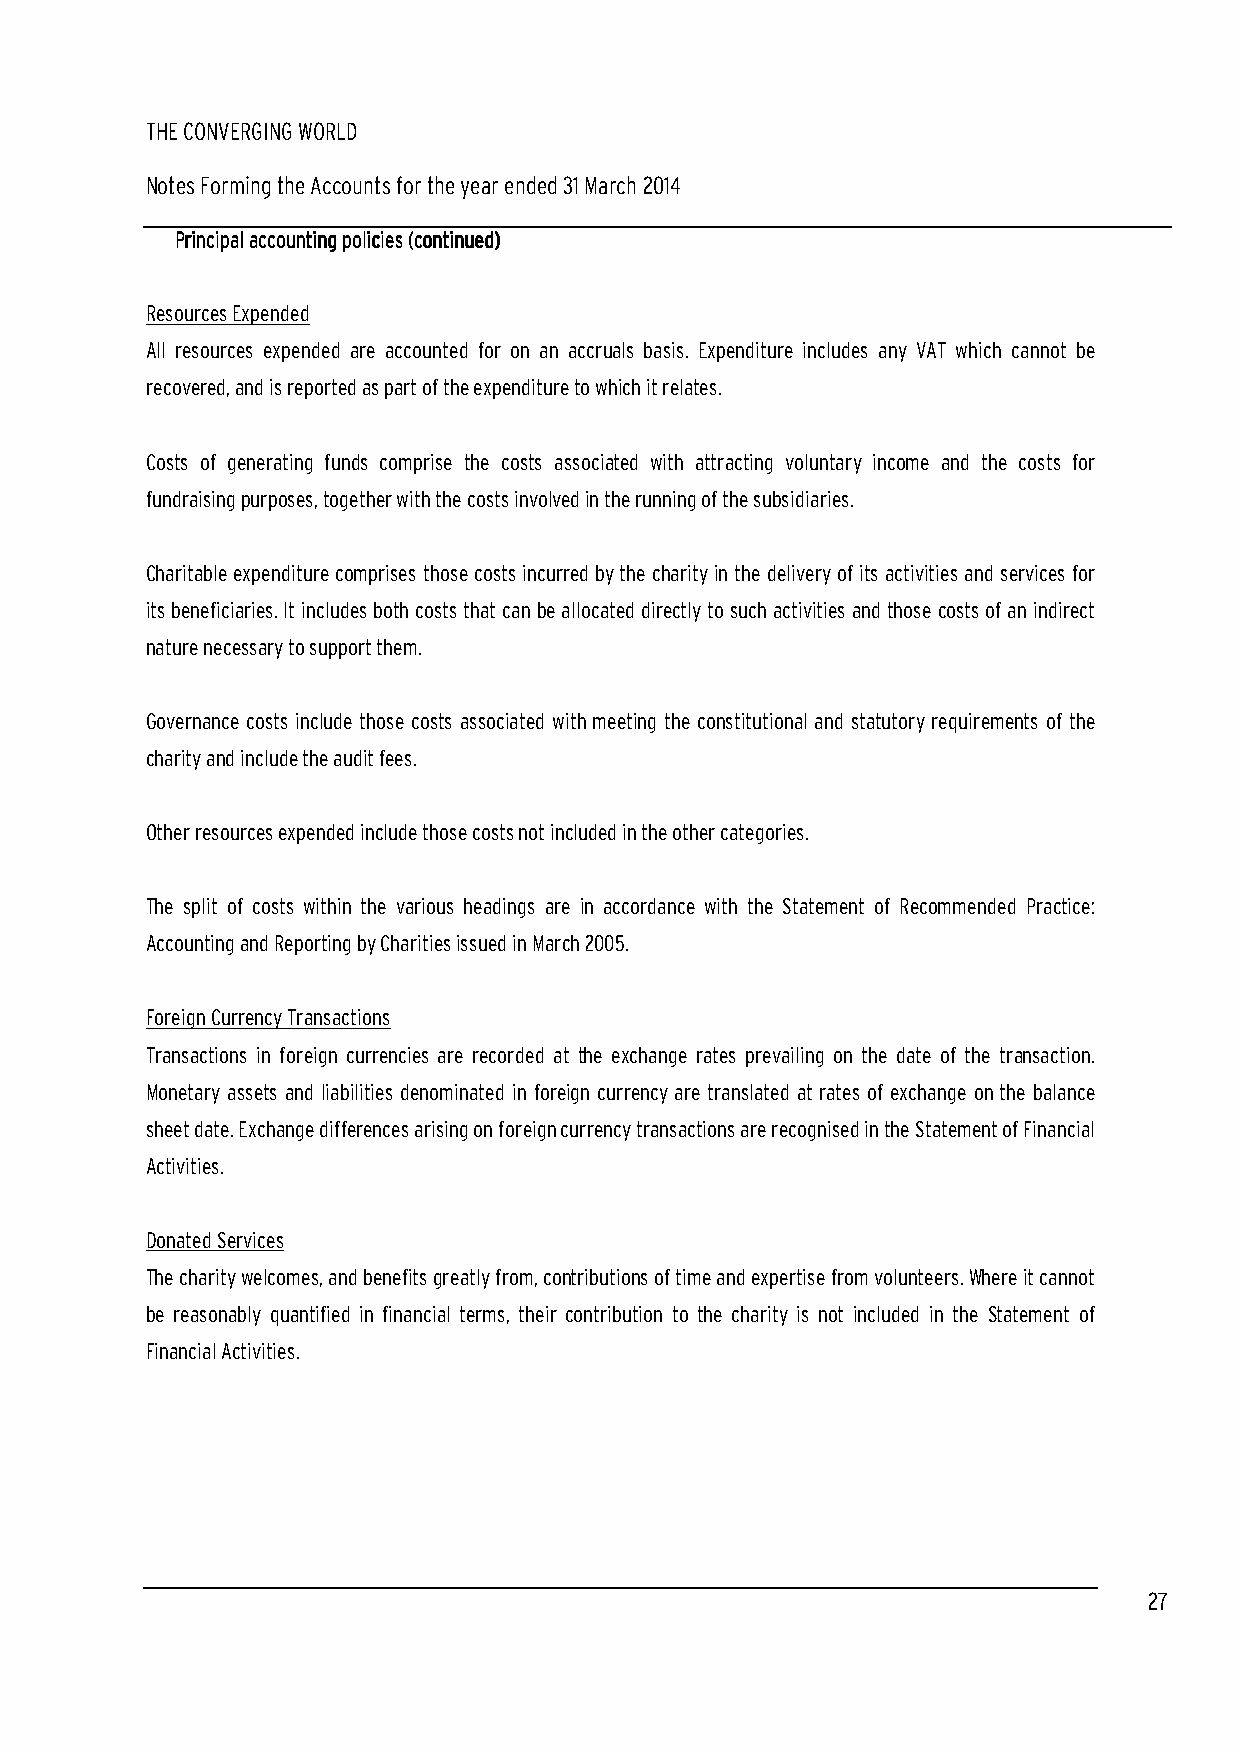
THE CONVERGING WORLD
 Notes Forming the Accounts for the year ended 31 March 2014
 PPPPrrrriiiinnnncccciiiippppaaaallll aaaaccccccccoooouuuunnnnttttiiiinnnngggg ppppoooolllliiiicccciiiieeeessss ((((ccccoooonnnnttttiiiinnnnuuuueeeedddd))))
 Resources Expended
 All resources expended are accounted for on an accruals basis. Expenditure includes any VAT which cannot be
 recovered, and is reported as part of the expenditure to which it relates.
 Costs of generating funds comprise the costs associated with attracting voluntary income and the costs for
 fundraising purposes, together with the costs involved in the running of the subsidiaries.
 Charitable expenditure comprises those costs incurred by the charity in the delivery of its activities and services for
 its beneficiaries. It includes both costs that can be allocated directly to such activities and those costs of an indirect
 nature necessary to support them.
 Governance costs include those costs associated with meeting the constitutional and statutory requirements of the
 charity and include the audit fees.
 Other resources expended include those costs not included in the other categories.
 The split of costs within the various headings are in accordance with the Statement of Recommended Practice:
 Accounting and Reporting by Charities issued in March 2005.
 Foreign Currency Transactions
 Transactions in foreign currencies are recorded at the exchange rates prevailing on the date of the transaction.
 Monetary assets and liabilities denominated in foreign currency are translated at rates of exchange on the balance
 sheet date. Exchange differences arising on foreign currency transactions are recognised in the Statement of Financial
 Activities.
 Donated Services
 The charity welcomes, and benefits greatly from, contributions of time and expertise from volunteers. Where it cannot
 be reasonably quantified in financial terms, their contribution to the charity is not included in the Statement of
 Financial Activities.
 27